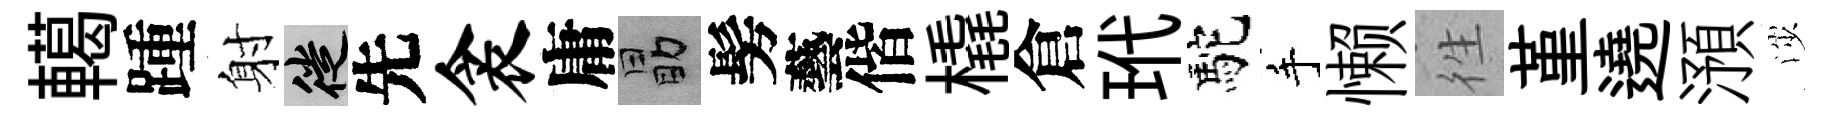
轕踵射徙先衾庸勗髣藝偕橇倉玳駝手懒徃堇遶澦渉